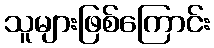
သူများဖြစ်ကြောင်း